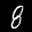
Label: 8